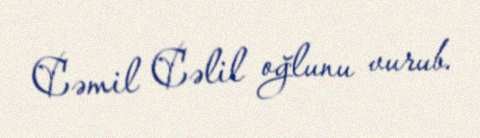
Cəmil Cəlil oğlunu vurub.